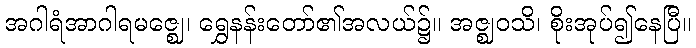
အဂါရံအာဂါရမဇ္ဈေ၊ ရွှေနန်းတော်၏အလယ်၌။ အဇ္ဈဝသိ၊ စိုးအုပ်၍နေပြီ။